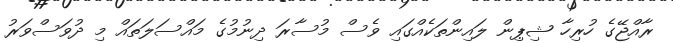
ރާއްޖޭގެ ހުރިހާ ޝިޕިން ލައިންތަކެއްގައި ވެސް މުސާރަ ދިނުމުގެ މައްސަލަތައް މި ދުވަސްވަރު